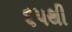
૬૫થી